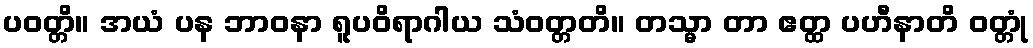
ပဝတ္တိ။ အယံ ပန ဘာဝနာ ရူပဝိရာဂါယ သံဝတ္တတိ။ တသ္မာ တာ ဧတ္ထ ပဟီနာတိ ဝတ္တုံ